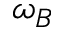
\omega _ { B }